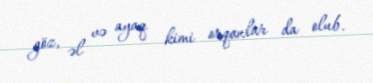
göz, əl və ayaq kimi orqanlar da olub.